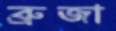
ব্রুজা